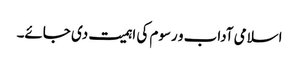
اسلامی آداب و رسوم کی اہمیت دی جائے۔